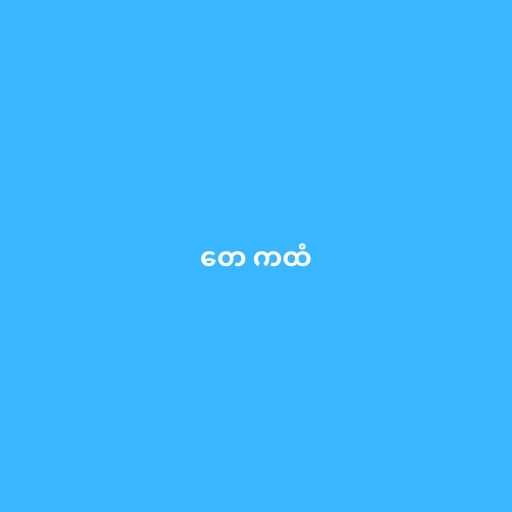
တေ ကထံ